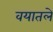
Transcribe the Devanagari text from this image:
वयातले